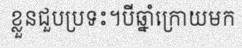
ខ្លួនជួបប្រទះ។បីឆ្នាំក្រោយមក